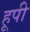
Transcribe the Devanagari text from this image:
हूपी